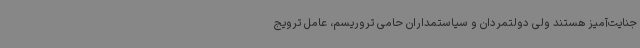
جنایت‌آمیز هستند ولی دولتمردان و سیاستمداران حامی تروریسم، عامل ترویج